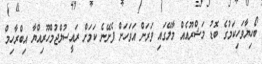
ބޯހިޔާވަހިކަމުގެ ބޮޑު މަޝްރޫއެއް މާލޭގައި ވަރަށް އަވަހަށް ފެށޭނެ ކަމަށް ރައީސުލްޖުމްހޫރިއްޔާ އިބްރާހިމް